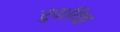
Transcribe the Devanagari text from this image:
रुपायित